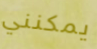
يمكنني